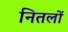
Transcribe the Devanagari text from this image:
नितलों